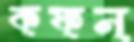
কফন